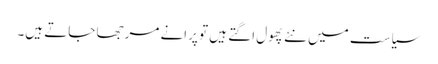
سیاست میں نئے پھول اگتے ہیں تو پرانے مرجھا جاتے ہیں۔